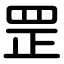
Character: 罡